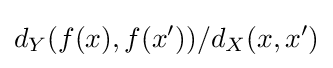
d_{Y}(f(x),f(x'))/d_{X}(x,x')